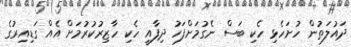
ދައުލަތުން ހުށަހެޅި ހެކި ބަސް ނެގުމަށްފަހު ދިފާއީ ހެކި ހާޒިރުކުރުމަށް އެއް ގަޑިއިރުގެ